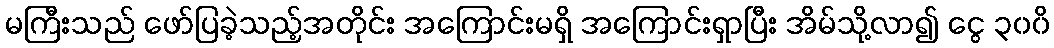
မကြီးသည် ဖော်ပြခဲ့သည့်အတိုင်း အကြောင်းမရှိ အကြောင်းရှာပြီး အိမ်သို့လာ၍ ငွေ ၃၀၀ိ